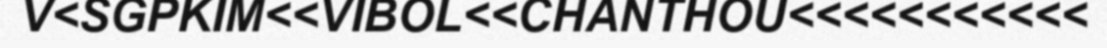
V<SGPKIM<<VIBOL<<CHANTHOU<<<<<<<<<<<